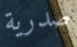
صدرية